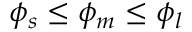
\phi _ { s } \leq \phi _ { m } \leq \phi _ { l }